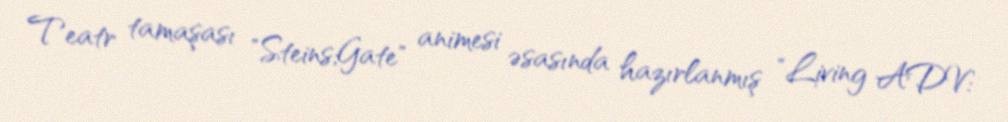
Teatr tamaşası "Steins;Gate" animesi əsasında hazırlanmış "Living ADV: